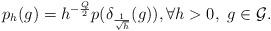
LaTeX: \begin{align*} p_h(g) = h^{-\frac{Q}{2}} p(\delta_{\frac{1}{\sqrt{h}}}(g)), \forall h > 0, \ g \in \mathcal G.\end{align*}